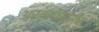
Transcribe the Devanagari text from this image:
अर्तराष्ट्रीय